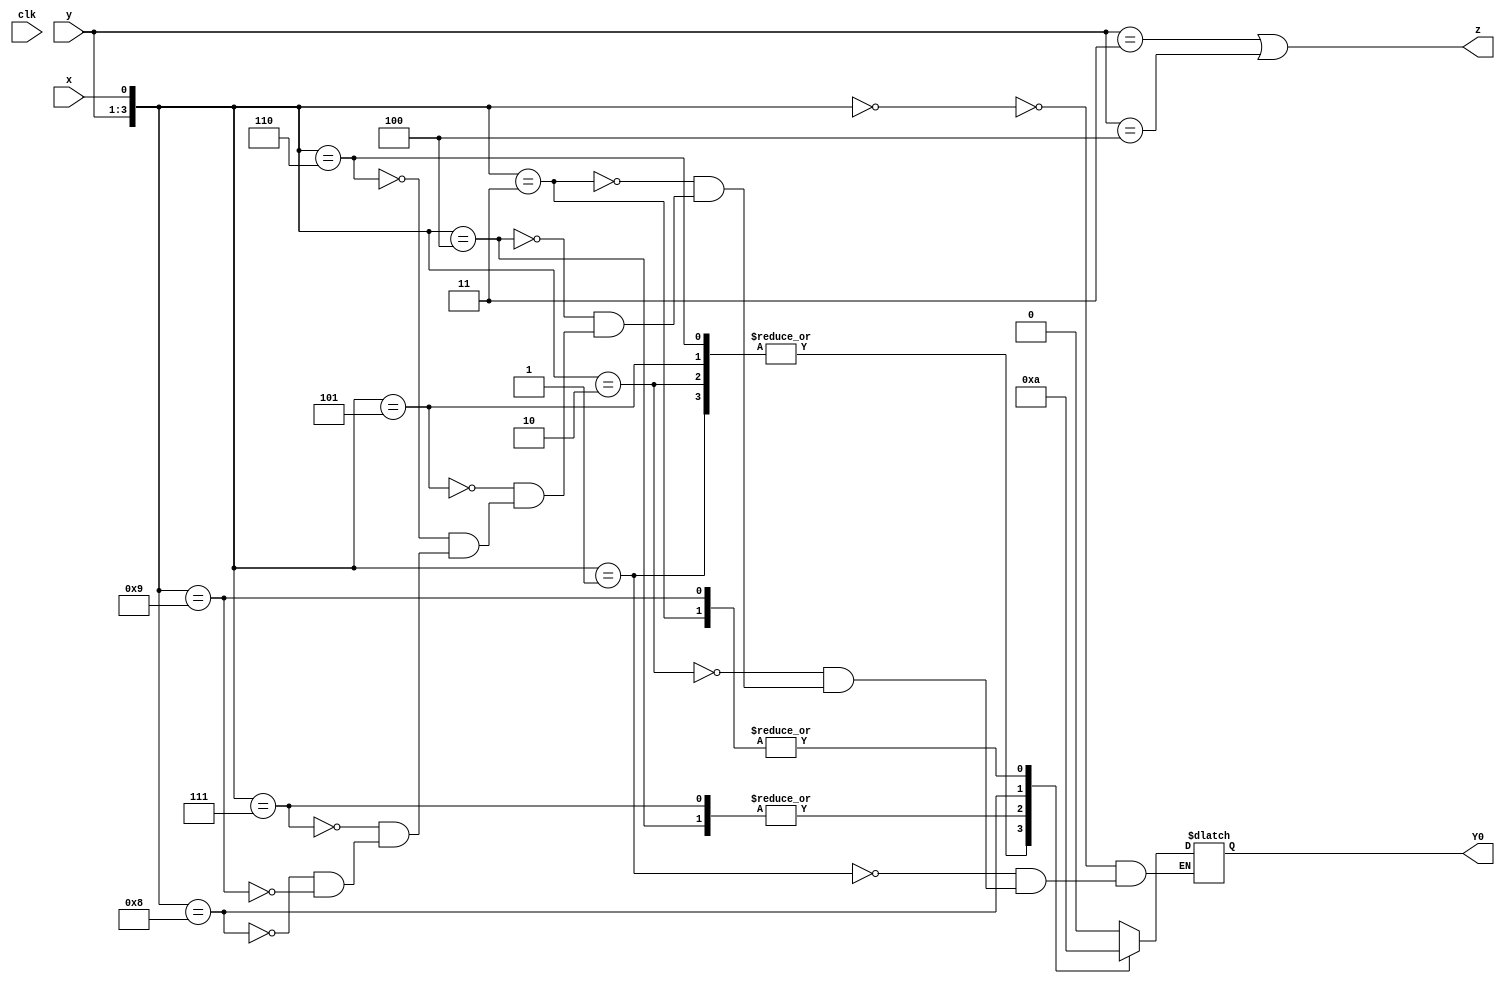
// This program was cloned from: https://github.com/matthewdelorenzo/CreativEval
// License: BSD 3-Clause "New" or "Revised" License

module top_module (
    input clk,
    input [2:0] y,
    input x,
    output Y0,
    output z
);

    reg [2:0] Y;
    
    always@(*) begin
        case({y, x})
            4'b0000:    Y = 3'b000;
            4'b0001:    Y = 3'b001;
            4'b0010:    Y = 3'b001;
            4'b0011:    Y = 3'b100;
            4'b0100:    Y = 3'b010;
            4'b0101:    Y = 3'b001;
            4'b0110:    Y = 3'b001;
            4'b0111:    Y = 3'b010;
            4'b1000:    Y = 3'b011;
            4'b1001:    Y = 3'b100;
        endcase
    end
    
    assign  z = (y == 3'b011 || y == 3'b100);
    assign Y0 = Y[0];

endmodule